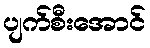
ပျက်စီးအောင်